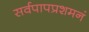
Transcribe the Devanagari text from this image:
सर्वपापप्रशमनं